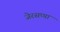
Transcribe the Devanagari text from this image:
जेरसप्पा